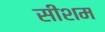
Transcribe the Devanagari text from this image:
सीशम